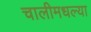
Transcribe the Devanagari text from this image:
चालीमधल्या